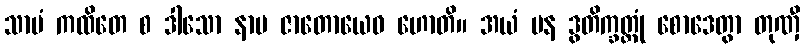
သာမံ ကထိတေ စ ဒါသော နာမ ဇာတောယေဝ ဟောတိ။ အယံ ပန ဒွတိက္ခတ္တုံ စောဒေတွာ တုဏှီ